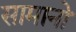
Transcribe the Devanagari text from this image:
सामानो